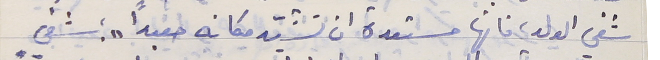
شفي الولد، فانها مستعدة ان تشيّد مكانه معبداً " ؛ شفي